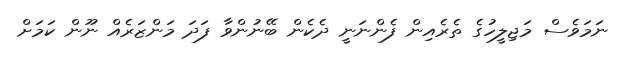
ނަމަވެސް މަޖިލީހުގެ ތެރެއިން ފެންނަނީ ދެކެން ބޭނުންވާ ފަދަ މަންޒަރެއް ނޫން ކަމަށް